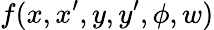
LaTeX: f(x,x^{\prime},y,y^{\prime},\phi,w)